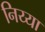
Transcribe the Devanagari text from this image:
निय्या